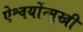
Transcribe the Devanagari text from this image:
ऐश्वर्योन्मुखी